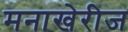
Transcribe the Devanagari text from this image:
मनाखेरीज